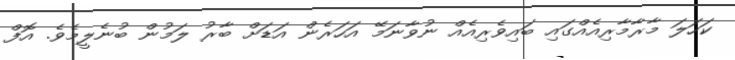
ކަހަލަ މާރާމާރިއެއްގައި ބައިވެރިއެއް ނުވާނަމޭ އަހަރެން އަޑަށް ބާރު ލަމުން ބުނެލީމެވެ. އޮފް